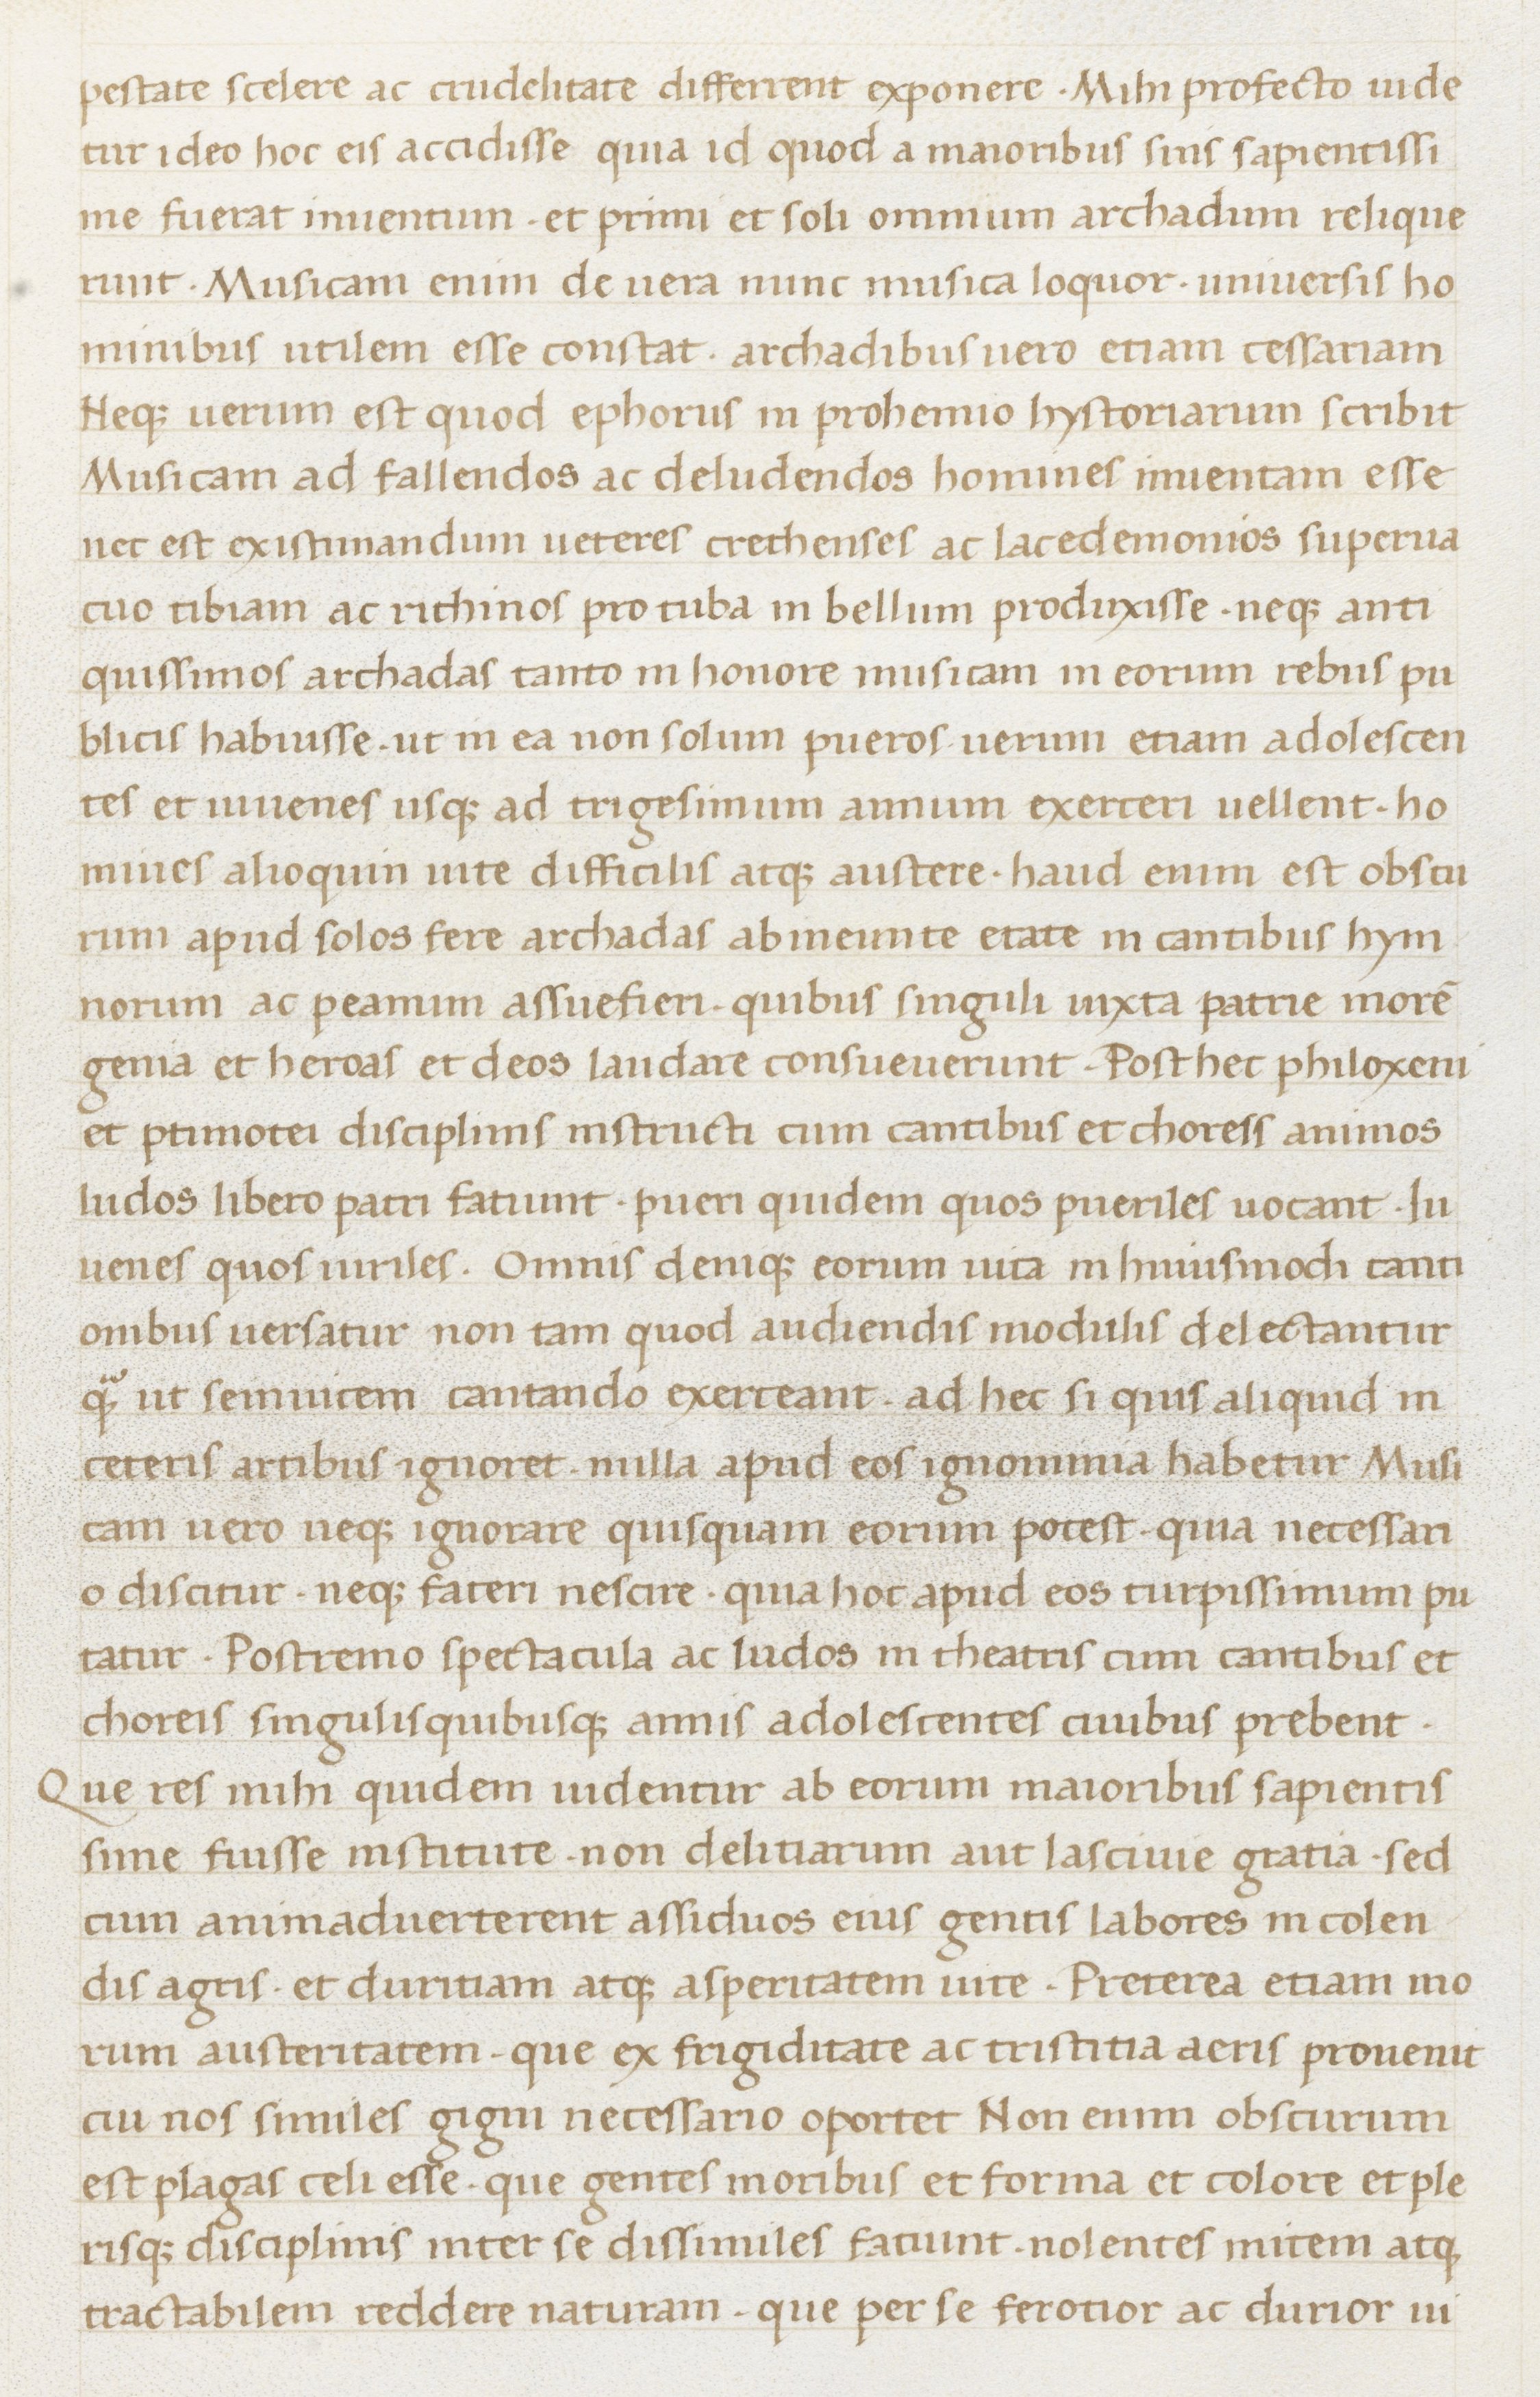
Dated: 1400–1499